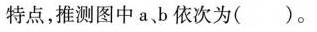
特点，推测途中 a、b 依次为( )。